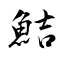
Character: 鮚